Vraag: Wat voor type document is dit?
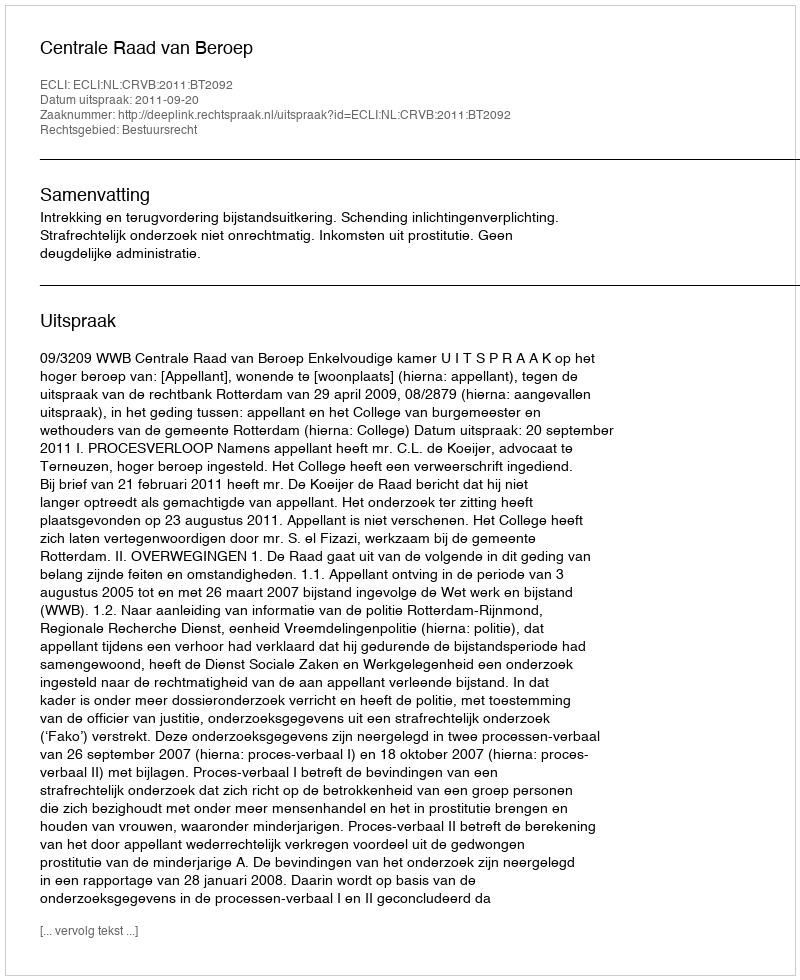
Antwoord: Uitspraak